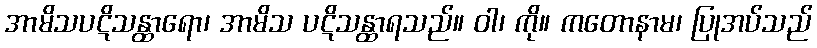
အာမိသပဋိသန္ထာရော၊ အာမိသ ပဋိသန္ထာရသည်။ ဝါ၊ ကို။ ကတောနာမ၊ ပြုအပ်သည်